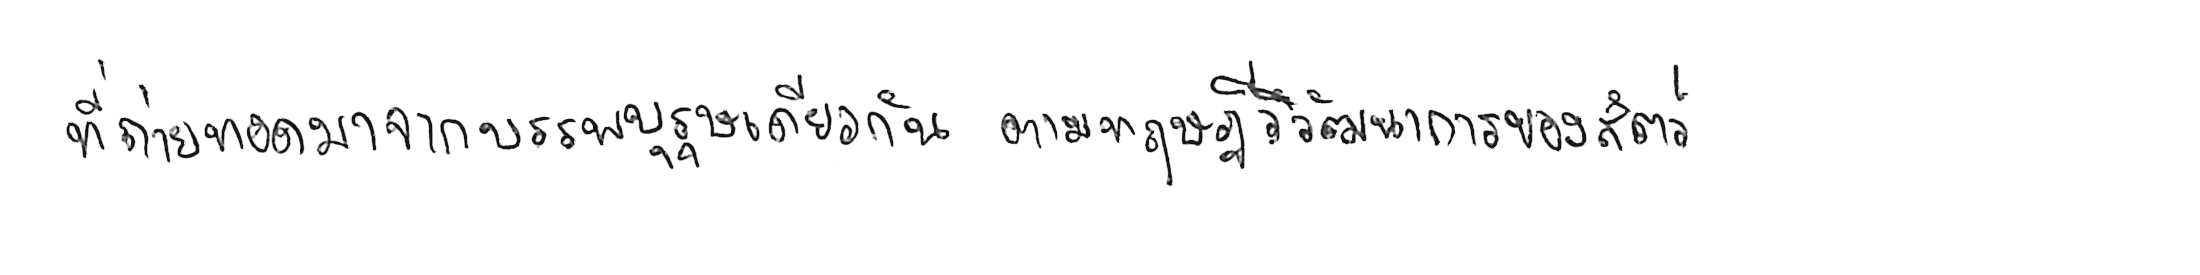
ที่ถ่ายทอดมาจากบรรพบุรุษเดียวกัน ตามทฤษฎีวิวัฒนาการของสัตว์